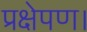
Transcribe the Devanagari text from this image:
प्रक्षेपण।